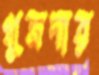
খুজদার